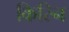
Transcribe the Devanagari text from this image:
किरिन